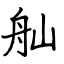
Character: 舢